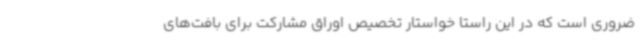
ضروری است که در این راستا خواستار تخصیص اوراق مشارکت برای بافت‌های